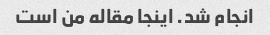
انجام شد. اینجا مقاله من است